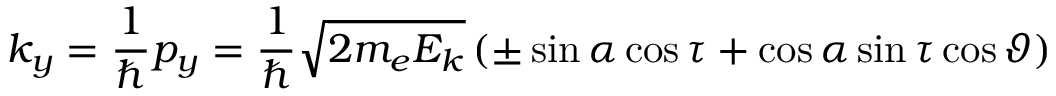
k _ { y } = { \frac { 1 } { \hbar } } p _ { y } = { \frac { 1 } { \hbar } } { \sqrt { 2 m _ { e } E _ { k } } } \, ( \pm \sin \alpha \cos \tau + \cos \alpha \sin \tau \cos \vartheta )